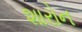
શારોન